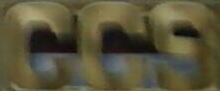
CCS